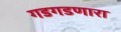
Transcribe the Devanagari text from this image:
गडगडणारा